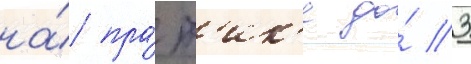
на́ пра́кт'ик'е до́ 3